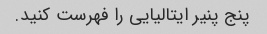
پنج پنیر ایتالیایی را فهرست کنید.